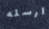
ارسله